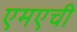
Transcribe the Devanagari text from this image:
एमएची